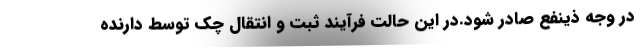
در وجه ذینفع صادر شود.در این حالت فرآیند ثبت و انتقال چک توسط دارنده